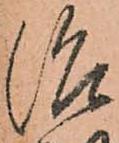
治